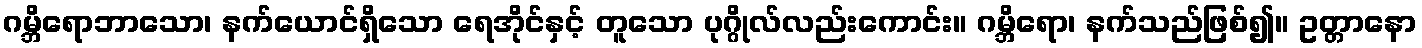
ဂမ္ဘိရောဘာသော၊ နက်ယောင်ရှိသော ရေအိုင်နှင့် တူသော ပုဂ္ဂိုလ်လည်းကောင်း။ ဂမ္ဘိရော၊ နက်သည်ဖြစ်၍။ ဥတ္တာနော